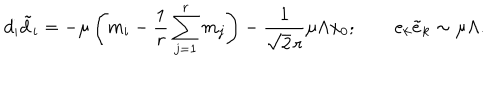
d _ { i } { \tilde { d } _ { i } } = - \mu \left( m _ { i } - \frac { 1 } { r } \sum _ { j = 1 } ^ { r } m _ { j } \right) - \frac { 1 } { \sqrt { 2 } \, r } \mu \Lambda x _ { 0 } ; \qquad e _ { k } { \tilde { e } } _ { k } \sim \mu \Lambda .